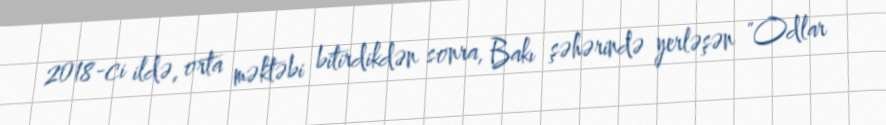
2018-ci ildə, orta məktəbi bitirdikdən sonra, Bakı şəhərində yerləşən "Odlar